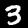
Digit: 3